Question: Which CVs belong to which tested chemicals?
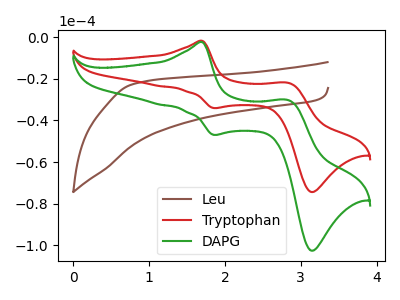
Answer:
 <answer>The brown curve is labeled "Leu". The red curve is labeled "Tryptophan". The green curve is labeled "DAPG".</answer>
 <eval></eval>